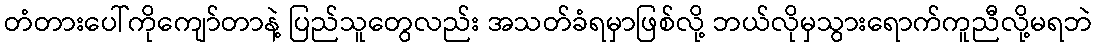
တံတားပေါ်ကိုကျော်တာနဲ့ ပြည်သူတွေလည်း အသတ်ခံရမှာဖြစ်လို့ ဘယ်လိုမှသွားရောက်ကူညီလို့မရဘဲ